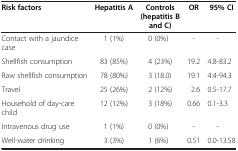
<table><thead><tr><td><b>Risk factors</b></td><td><b>Hepatitis A</b></td><td><b>Controls (hepatitis B and C)</b></td><td><b>OR</b></td><td><b>95% CI</b></td></tr></thead><tbody><tr><td>Contact with a jaundice case</td><td>1 (1%)</td><td>0 (0%)</td><td>-</td><td>-</td></tr><tr><td>Shellfish consumption</td><td>83 (85%)</td><td>4 (23%)</td><td>19.2</td><td>4.8-83.2</td></tr><tr><td>Raw shellfish consumption</td><td>78 (80%)</td><td>3 (18.0)</td><td>19.1</td><td>4.4-94.3</td></tr><tr><td>Travel</td><td>25 (26%)</td><td>2 (12%)</td><td>2.6</td><td>0.5-17.7</td></tr><tr><td>Household of day-care child</td><td>12 (12%)</td><td>3 (18%)</td><td>0.66</td><td>0.1-3.3</td></tr><tr><td>Intravenous drug use</td><td>1 (1%)</td><td>0 (0%)</td><td>-</td><td>-</td></tr><tr><td>Well-water drinking</td><td>3 (3%)</td><td>1 (6%)</td><td>0.51</td><td>0.0-13.58</td></tr></tbody></table>